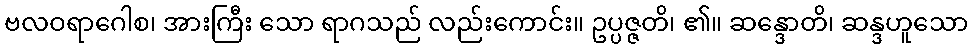
ဗလဝရာဂေါစ၊ အားကြီး သော ရာဂသည် လည်းကောင်း။ ဥပ္ပဇ္ဇတိ၊ ၏။ ဆန္ဒောတိ၊ ဆန္ဒဟူသော